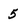
Character: 5